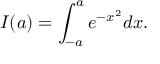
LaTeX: I ( a ) = \int _ { - a } ^ { a } e ^ { - x ^ { 2 } } d x .